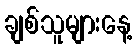
ချစ်သူများနေ့